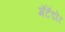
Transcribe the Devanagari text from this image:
मॅटॅडोर